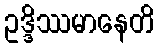
ဥဒ္ဒိဿမာနေတိ